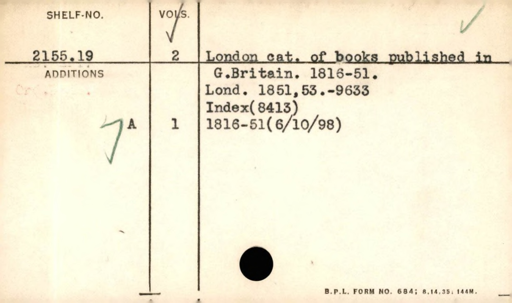
Label: content